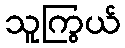
သူကြွယ်